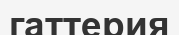
гаттерия